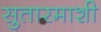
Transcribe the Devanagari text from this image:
सुतारमाशी